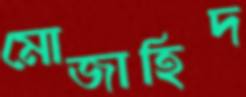
মোজাহিদ